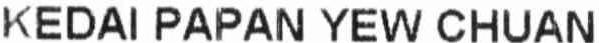
KEDAI PAPAN YEW CHUAN